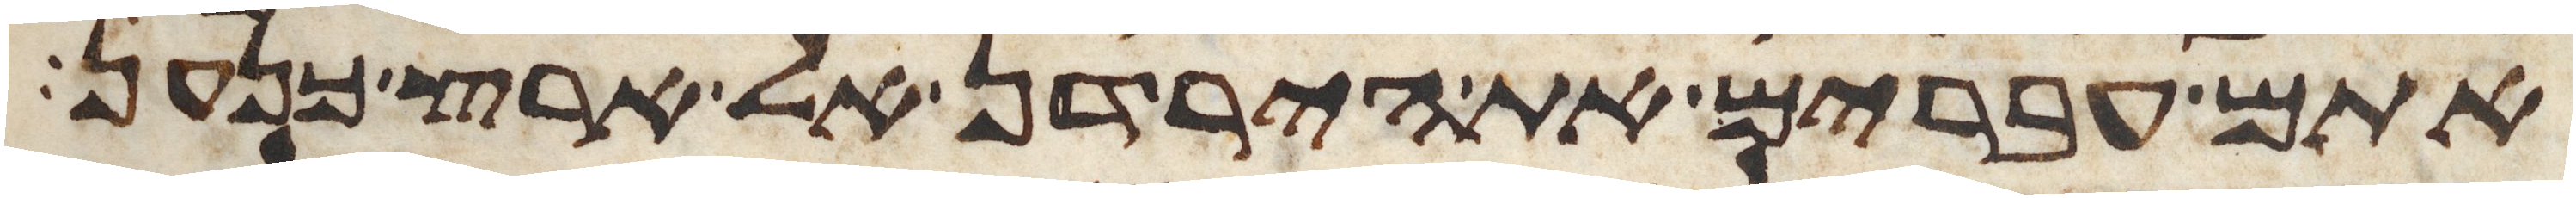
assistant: אתם עברים את הירדן אל ארץ כנען